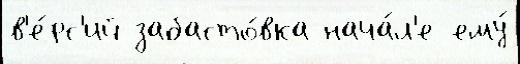
в'е́рс'ий забасто́вка нача́л'е ему́